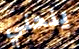
ينحني